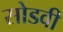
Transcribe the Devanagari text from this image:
सोडवी